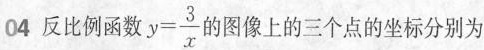
04 反比例函数$$y = \frac { 3 } { x }$$ 的图像上的三个点的坐标分别为